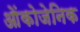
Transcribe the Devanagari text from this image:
ओंकोजेनिक